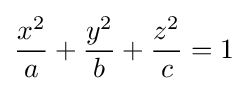
{x^{2} \over a}+{y^{2} \over b}+{z^{2} \over c}=1